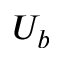
U _ { b }